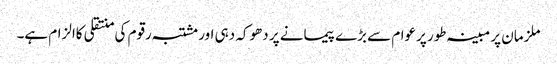
ملزمان پر مبینہ طور پرعوام سے بڑے پیمانے پر دھوکہ دہی اور مشتبہ رقوم کی منتقلی کاالزام ہے۔